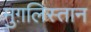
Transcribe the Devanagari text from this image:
मुग़लिस्तान